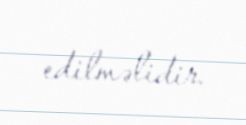
edilməlidir.